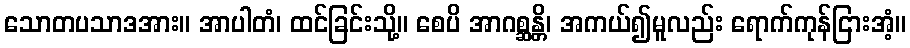
သောတပသာဒအား။ အာပါတံ၊ ထင်ခြင်းသို့။ စေပိ အာဂစ္ဆန္တိ၊ အကယ်၍မူလည်း ရောက်ကုန်ငြားအံ့။